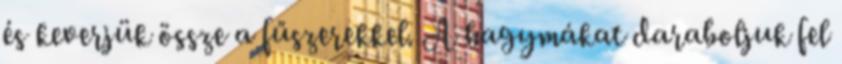
és keverjük össze a fűszerekkel. A hagymákat daraboljuk fel